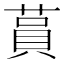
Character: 蒷